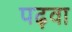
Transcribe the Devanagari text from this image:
पढ़वा